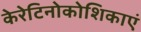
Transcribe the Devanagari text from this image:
केरेटिनोकोशिकाएं